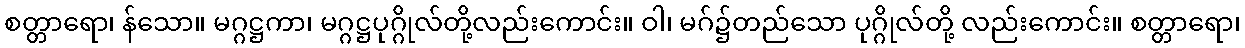
စတ္တာရော၊ န်သော။ မဂ္ဂဋ္ဌကာ၊ မဂ္ဂဋ္ဌပုဂ္ဂိုလ်တို့လည်းကောင်း။ ဝါ၊ မဂ်၌တည်သော ပုဂ္ဂိုလ်တို့ လည်းကောင်း။ စတ္တာရော၊